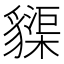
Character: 䝣